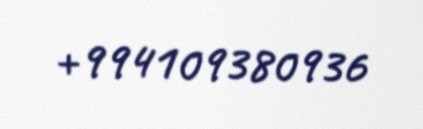
+994109380936